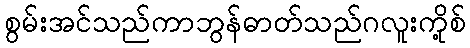
စွမ်းအင်သည်ကာဘွန်ဓာတ်သည်ဂလူးကို့စ်